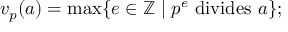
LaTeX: v _ { p } ( a ) = \operatorname* { m a x } \{ e \in \mathbb { Z } \mid p ^ { e } { \mathrm { ~ d i v i d e s ~ } } a \} ;